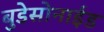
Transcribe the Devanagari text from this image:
बुडेसोनाईड